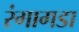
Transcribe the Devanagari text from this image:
रंगागडा